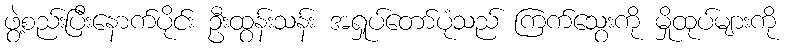
ဖွဲ့စည်းပြီးနောက်ပိုင်း ဦးထွန်းသန်း အရှုပ်တော်ပုံသည် ကြက်သွေးကို မှိုထုပ်များကို